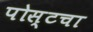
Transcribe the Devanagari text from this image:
पोस्टचा